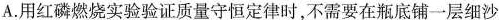
A.用红磷燃烧实验验证质量守恒定律时，不需要在瓶底铺一层细沙